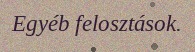
Egyéb felosztások.